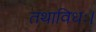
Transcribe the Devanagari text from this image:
तथाविधः।